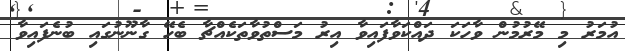
އުމަރު މި މޭރުމުން ވާހަކަ ދައްކަވާފައިވާ އިރު މަސްތުވާތަކެއްޗާ ބެހޭ ގާނޫނުގައި ބުނެފައިވާ